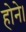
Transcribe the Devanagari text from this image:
होने।